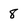
Character: 8